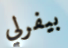
بيفرلي